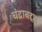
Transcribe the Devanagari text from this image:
चंद्राबद्दल